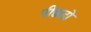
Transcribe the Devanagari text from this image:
पीछडो